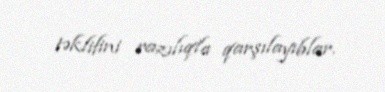
təklifini razılıqla qarşılayıblar.